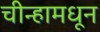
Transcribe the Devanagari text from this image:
चीन्हामधून